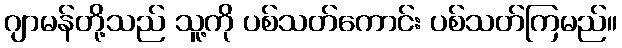
ဂျာမန်တို့သည် သူ့ကို ပစ်သတ်ကောင်း ပစ်သတ်ကြမည်။